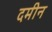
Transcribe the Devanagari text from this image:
दमीन